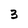
Character: 3